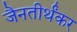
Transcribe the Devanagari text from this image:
जैनतीर्थंकर